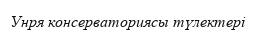
Унря консерваториясы түлектері